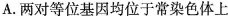
A. 两对等位基因均位于常染色体上